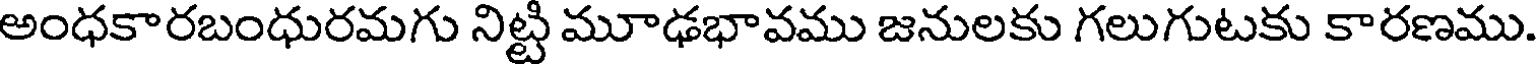
అంధకారబంధురమగు నిట్టి మూఢభావము జనులకు గలుగుటకు కారణము.